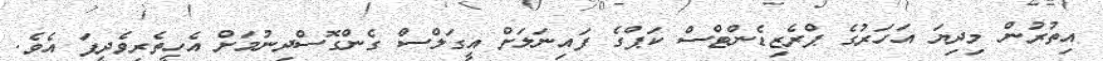
އިތުރުން މިދިޔަ އަހަރުގެ ޕްރެޒިޑެންޓްސް ކަޕްގެ ފައިނަލަށް އީގަލްސް ގެންގޮސްދިނުމަށް އެހީތެރިވެދީފަ އެވެ.